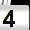
Digit: 4